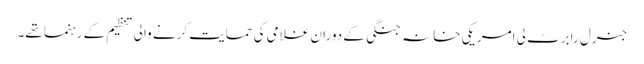
جنرل رابرٹ لی امریکی خانہ جنگی کے دوران غلامی کی حمایت کرنے والی تنظیم کے رہنما تھے۔